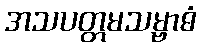
အသပတ္တမသမ္ဗာဓံ